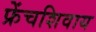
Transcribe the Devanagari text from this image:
फ्रेंचशिवाय